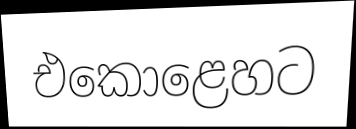
එකොළෙහට